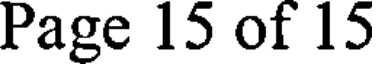
Page 15 of 15